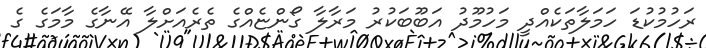
ރަހުމުކުޑަ ހަމަލާތަކެއްދީ މަހުމޫދު އަބޫބަކުރު މަރާލާ ގޯންޏެއްގެ ތެރެއަށްލާ އޭނާގެ މާމަގެ ގެ